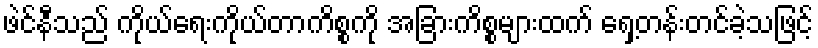
ဖဲင်နီသည် ကိုယ်ရေးကိုယ်တာကိစ္စကို အခြားကိစ္စများထက် ရှေ့တန်းတင်ခဲ့သဖြင့်